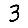
Digit: 3